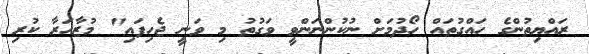
ރައްޔިތުންގެ ހައްގުތައް ހޯދުމަށް ނުކުންނަންވީ ވަގުތު މި ވަނީ ޖެހިފައި" މުޒާހަރާ ކުރި